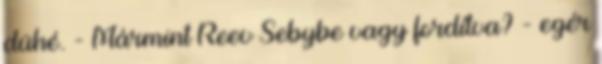
dühé. - Mármint Reev Sebybe vagy fordítva? - egér